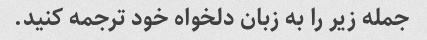
جمله زیر را به زبان دلخواه خود ترجمه کنید.